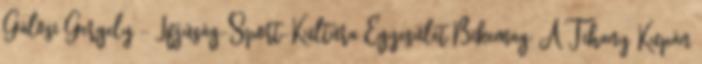
Gálosi Gergely - Ifjúság-Sport-Kultúra Egyesület Bikemag: A Tihany Kupán